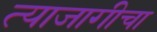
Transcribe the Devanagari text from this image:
त्याजागीचा